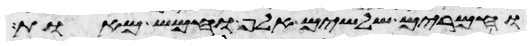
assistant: וחמרים שלשים אלף וחמש מאות